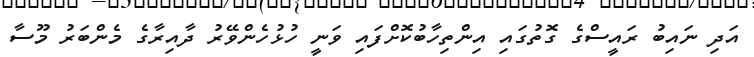
އަދި ނައިބު ރައީސްގެ ގޮތުގައި އިންތިހާބުކޮށްފައި ވަނީ ހުޅުހެންވޭރު ދާއިރާގެ މެންބަރު މޫސާ